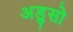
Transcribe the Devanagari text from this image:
अडुसो